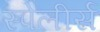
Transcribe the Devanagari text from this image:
स्पेलीर्स